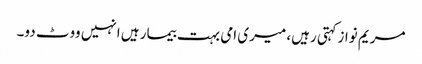
مریم نوازکہتی رہیں، میری امی بہت بیمار ہیں انہیں ووٹ دو۔